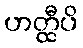
ဟတ္ထီပိ